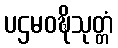
ပဌမဝဍ္ဎိသုတ္တံ